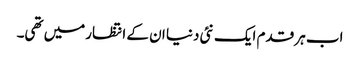
اب ہر قدم ایک نئی دنیا ان کے انتظارمیں تھی۔